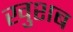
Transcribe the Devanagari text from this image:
खुशब